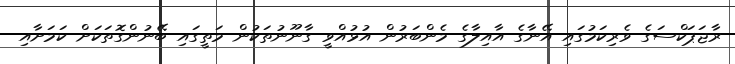
ރާޖަޕަކްސަގެ ވެރިކަމުގައި އޭނާގެ އާއިލާގެ މެންބަރުން އުޅުއްވީ ގާނޫނުތަކުން މަތީގައި ބޭނުންގޮތަކަށް ކަމަށާއި